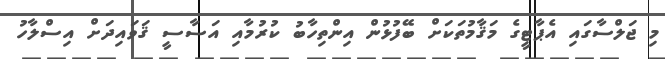
މި ޖަލްސާގައި އެޕާޓީގެ މަޤާމުތަކަށް ބޭފުޅުން އިންތިހާބު ކުރުމާއި އަސާސީ ޤަވައިދަށް އިސްލާހު